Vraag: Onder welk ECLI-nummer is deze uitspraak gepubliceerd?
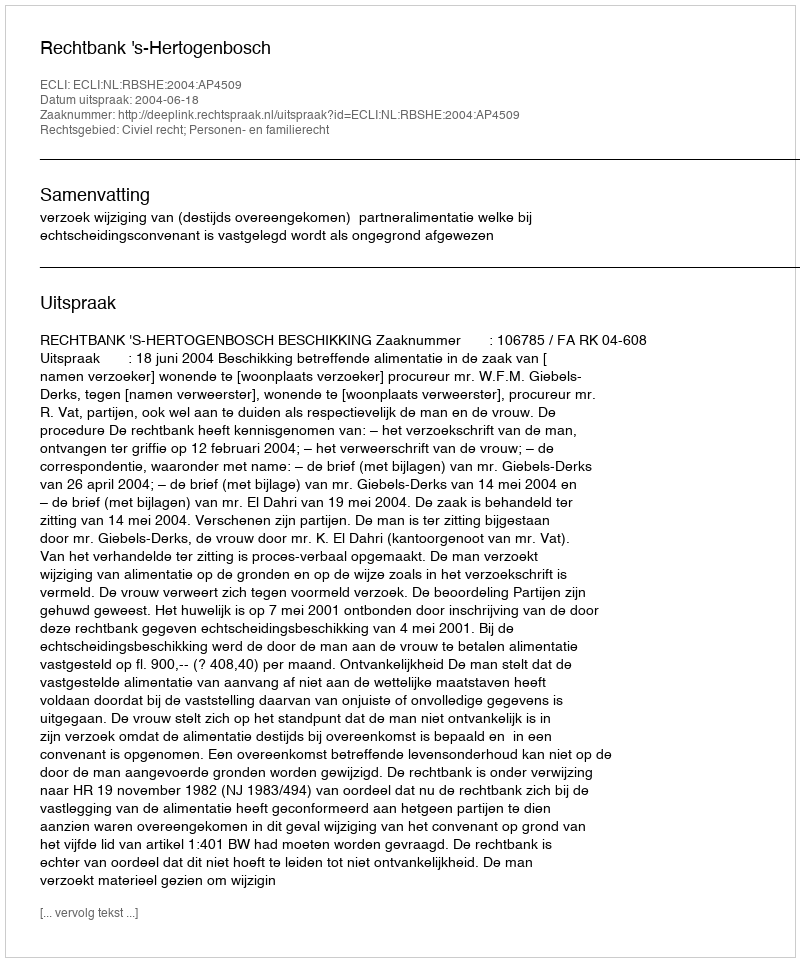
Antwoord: ECLI:NL:RBSHE:2004:AP4509